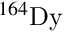
^ { 1 6 4 } \mathrm { D y }